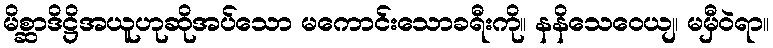
မိစ္ဆာဒိဋ္ဌိအယူဟုဆိုအပ်သော မကောင်းသောခရီးကို။ နနိသေဝေယျ၊ မမှီဝဲရာ။